Suure-Kopu_vallavalitsus, lk 80
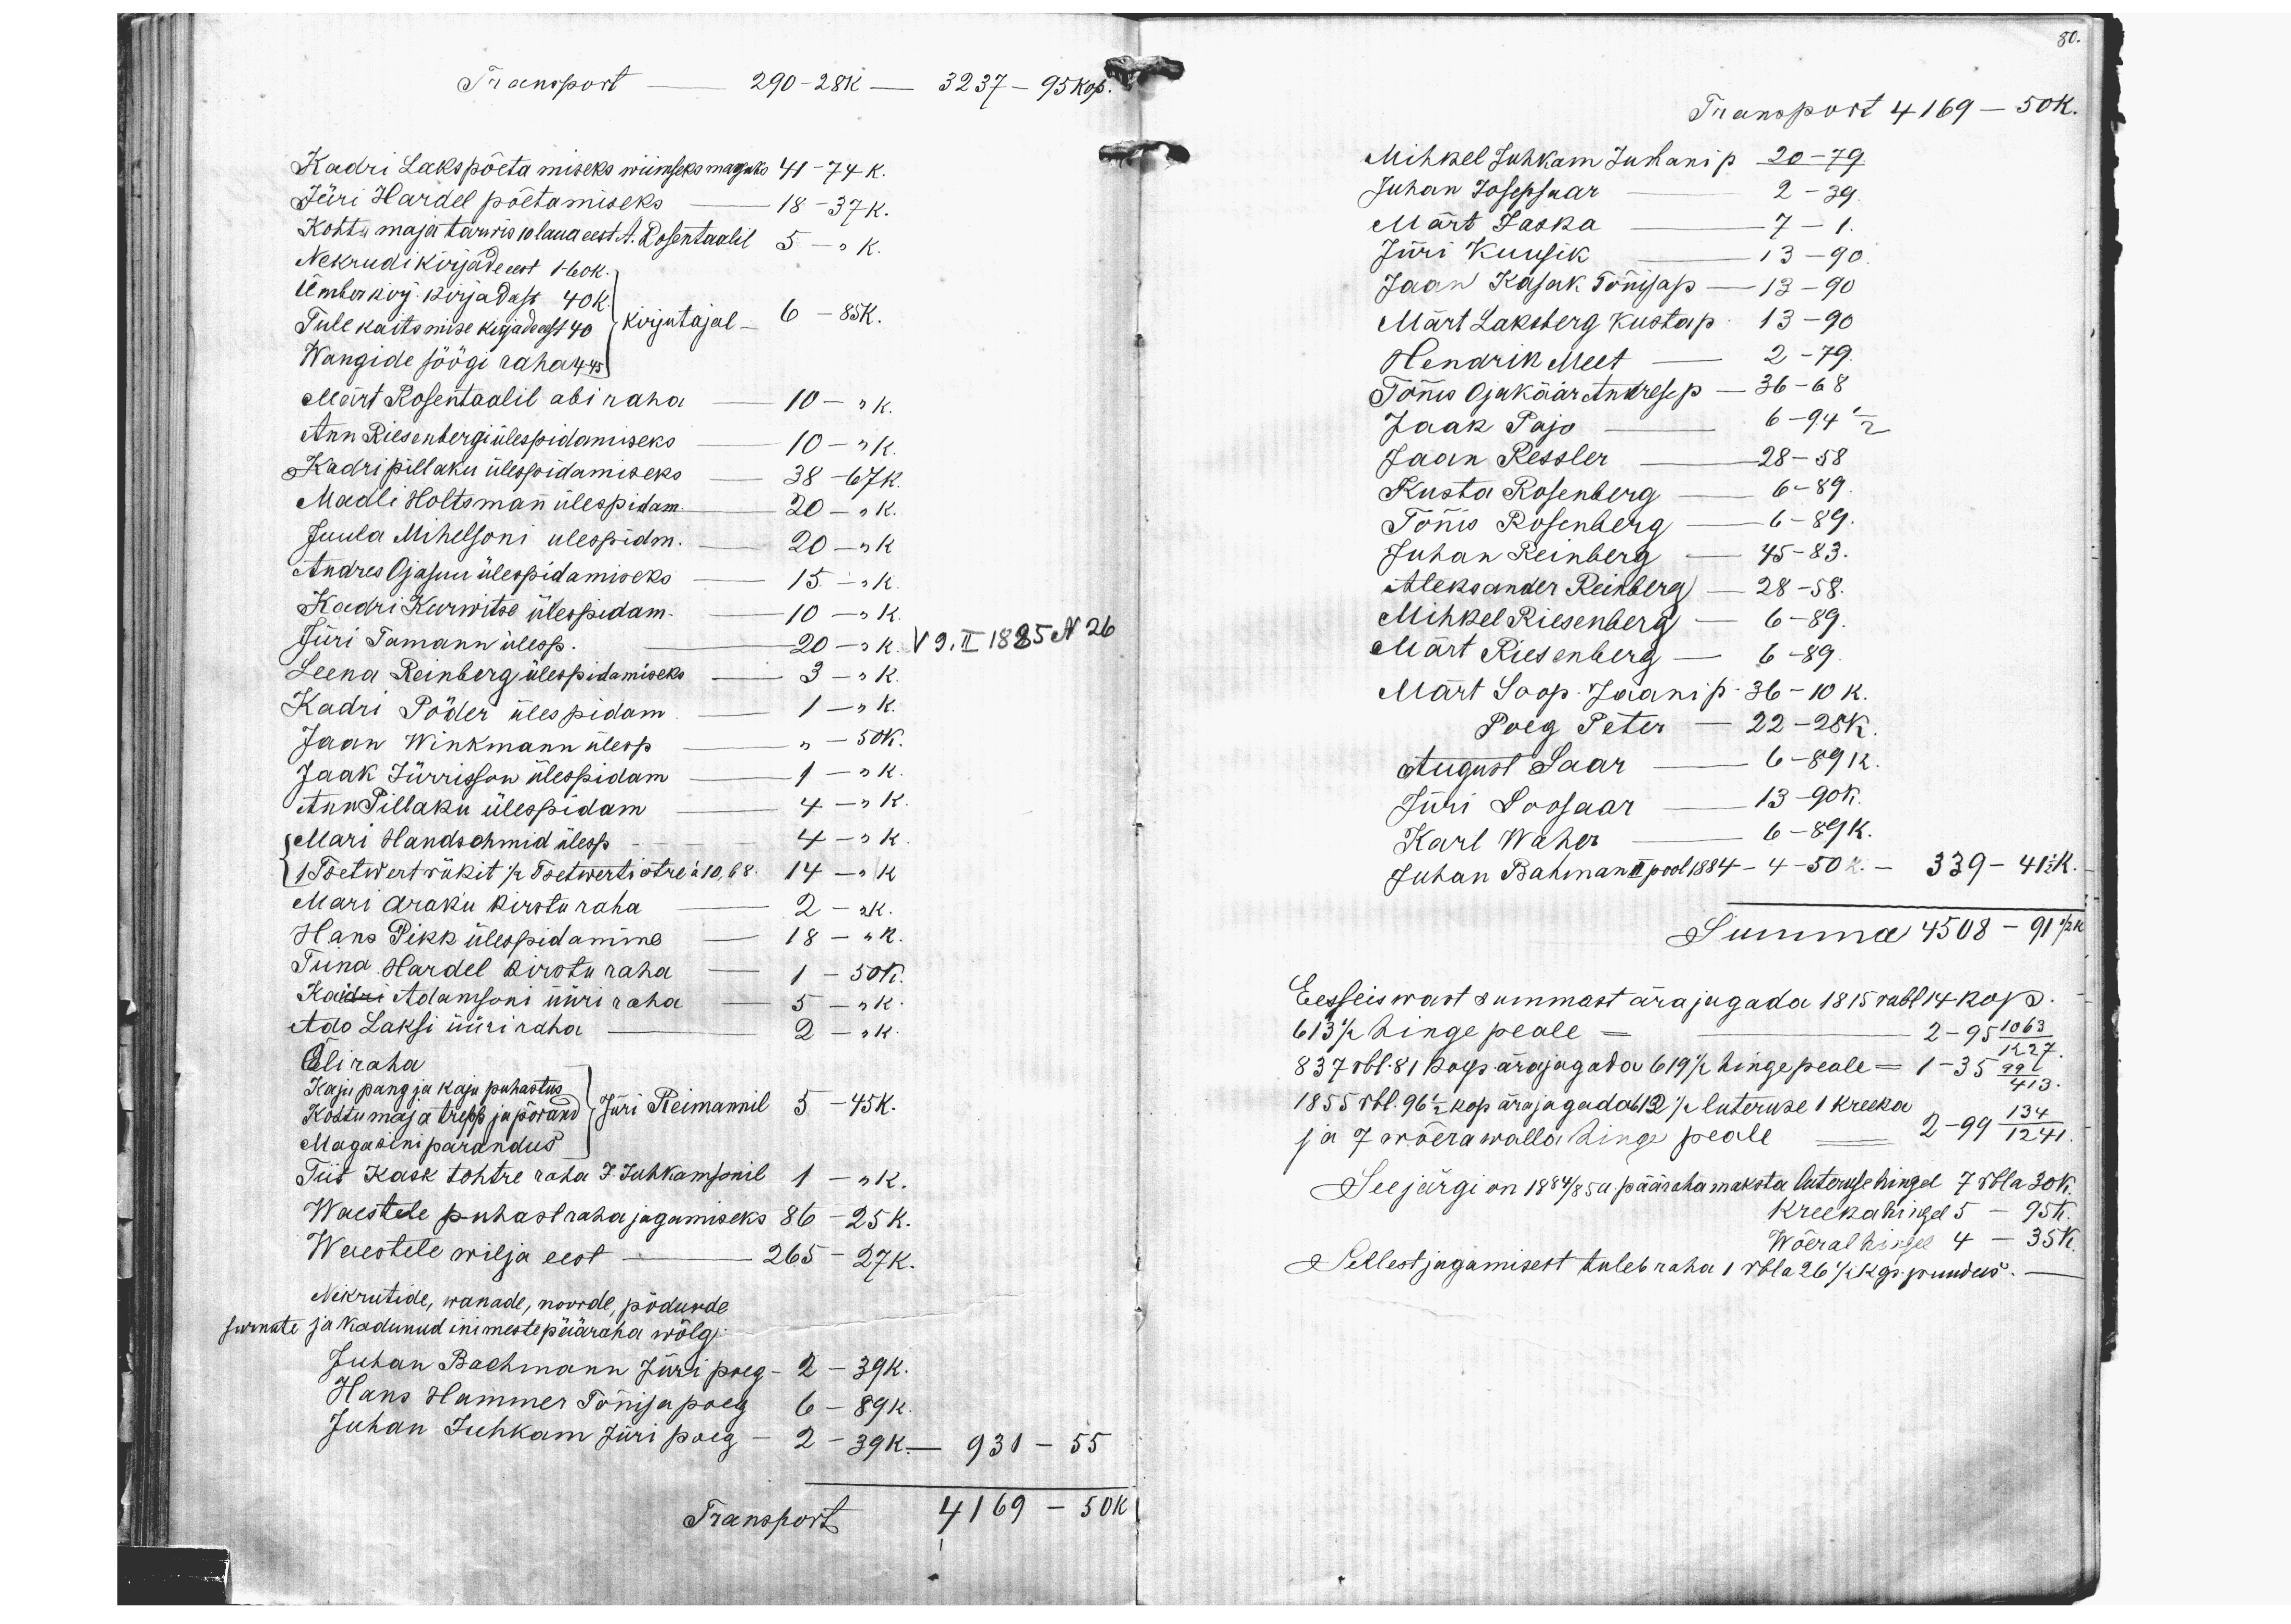
80.

Transport 290-28k - 3237- 95 kop.
Kadri Laks põetamiseks wiimseks maguks 41 - 74 K.
Jüri Hardel põetamiseks - 18 - 37 K.
Kohtu maja tarwis 10 laua eest A. Rosentaalil 5 - K.
Nekrudi kirjade eest 1 - 60 K.
ümber kirj. kirjad eest 40 K.
Tule kaitsmise kirjad eest 40
Wangide söögi raha 4 - 45
kirjutajal 6 - 85 K.
Märt Rosentaalil abi raha - 10 - " K.
Ann Riesenbergi ülespidamiseks - 10 - "K
Kadri Pillaku ülespidamiseks 38 -67 K.
Madli Holtsman ülespidam. 20 - "K.
Juula Mihelsoni ülespidm. - 20 - "K.
Andres Ojasuu ülespidamiseks - 15 - "K.
Kadri Kurwitse ülespidam - 10 - "K.
Jüri Tamann ülesp. 20 - "K.
V 9. II 1885 No 26
Leena Reinberg ülespidamiseks - 3 - "K.
Kadri Põder ülespidam. - 1 - "K.
Jaan Winkmann ülesp - " - 50 K.
Jaak Jürrisson ülespidam - 1 - "K.
Ann Pillaku ülespidam - 4 - "K.
Mari Hanschmid ülesp - 4 - "K.
1 Tsetwert rükit ja Tsewerti otre á10,68 14 - "K.
Mari Araku kirsturaha 2 - "K.
Hans Pikk üleopidamme 18 - "K.
Tiina Hardel kirstu raha 1- 50K.
Kaidri Adamsoni üüri raha 5 - "K.
Ado Laksi üüriraha 2 - "K.
Õliraha
Kaju pang ja kaju puhastus
Kohtumaja trepp ja põrand
Magasini parandus
Kohtumaja trebb ja põrand Jüri Reimannil 5 - 45 K.
Tiit Kask tohtre raha J. Juhkamsonil 1 - "K.
Waestele puhast raha jagamiseks 86 - 25 K.
Waestele wilja eest 265 - 27 K.
Nikrutide, wanade, noorde, põdurde
surnute ja kadunud inimeste pääraha wõlg:
Juhan Bachmann Jüri poeg 2 - 39 K.
Hans Hammer Tõnisa poeg 6 - 89 K
Juhan Juhkam Jüri poeg - 2 - 39 K. - 931 - 55
Transport 4169 - 50 K.

Transport 4169 - 50 K.
Mihkel Juhkam Juhani p 20 - 79.
Juhan Josepsaar - 2 - 39
Märt Jaska - 7 - 1.
Jüri Kuusik - 13 - 90
Jaan Kasak Tõnisa p - 13 - 90
Märt Laksberg Kusta p. 13 - 90
Hendrik Meet - 2 - 79.
Tõnu Ojakäär Andrese p - 36 - 68
Jaak Pajo - 6 - 94 1/2
Jaan Ressler 28 - 58
Kusta Rosenberg - 6 - 89.
Tõnis Rosenberg - 6 - 89.
Juhan Reinberg - 45 - 83.
Aleksander Reinberg - 28 - 58.
Mihkel Riesenberg - 6 - 89.
Märt Riesenberg - 6 - 89.
Märt Soop. Jaani p. 36 - 10 K.
Poeg Peter - 22 - 28 K.
August Saar - 6 - 89 K.
Jüri Soosaar - 13 - 90 K.
Karl Waher - 6 - 89 K.
Juhan Bahman II pool 1884 - 4 - 50 K. - 339 - 41 1/2 K.
Summa 4508-91 1/2 K.
Eesseiswast summast ära jagada 1815 rbl 14 kop.
613 1/2 hinge peale = - 2 - 95 1063/1227
837 rbl. 81 kop. ärajagada 619 1/2 hinge peale - 1- 35 99/413
1855 rbl. 96 1/2 kop ärajagadab 612 1/2 luteruse 1 kreeka-
ja 7 wõera walla hinge peale = 2 - 99 134/1241
See järgi on 1884/85 a pääraha maksta luteruse hingel 7 rbla 30 k.
Kreeka hingel 5 - 95 K.
Wõeralingel 4 - 35K.
Sellest jagamisest tuleb raha 1 rbla 26 1/2 puudus.